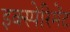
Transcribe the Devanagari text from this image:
इक्स्पेरिमेंट